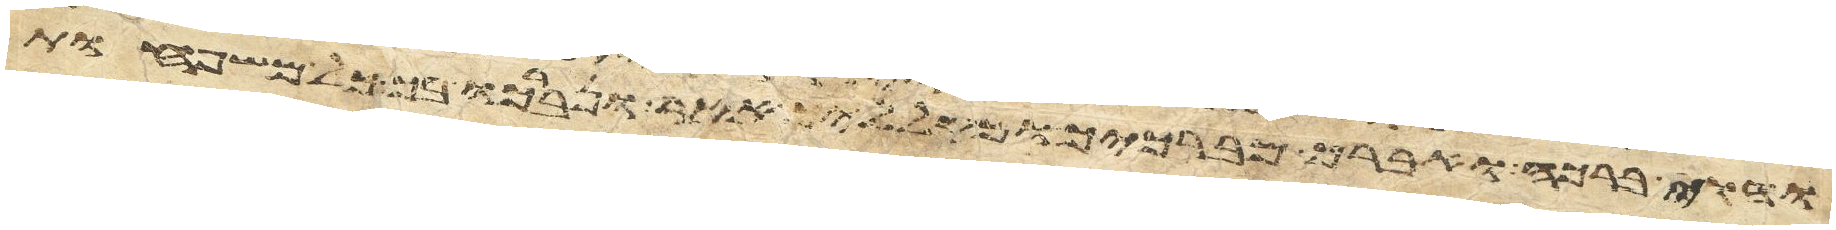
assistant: והוי ברכה ואברך מברכיך ומקלליך אאר ונברכו בך כל משפחות